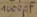
Text: 1000µF